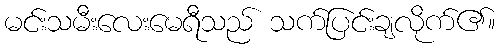
မင်းသမီးလေးမေရီသည် သက်ပြင်းချလိုက်၏။